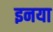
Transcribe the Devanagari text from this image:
इनया